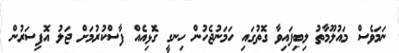
ނަމަވެސް މައުލޫމާތު ލިބިފައިވާ ގޮތުގައި ހަމަނުޖެހުން ހިނގީ ގޮޅިއެއް ފާސްކުރުމަށް ޖަލު އޮފިސަރުން